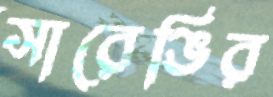
সারেঙির